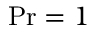
\mathrm { P r } = 1